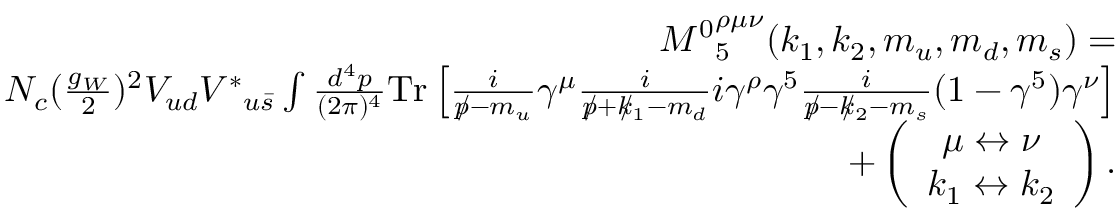
\begin{array} { r l r } & { } & { { M ^ { 0 } } _ { 5 } ^ { \rho \mu \nu } ( k _ { 1 } , k _ { 2 } , m _ { u } , m _ { d } , m _ { s } ) = } \\ & { } & { N _ { c } ( \frac { g _ { W } } { 2 } ) ^ { 2 } V _ { u d } { V ^ { \ast } } _ { u \bar { s } } \int \frac { d ^ { 4 } p } { ( 2 \pi ) ^ { 4 } } \mathrm { { T r } } \left[ \frac { i } { p \! \! \! / - m _ { u } } \gamma ^ { \mu } \frac { i } { p \! \! \! / + k \! \! \! / _ { 1 } - m _ { d } } i \gamma ^ { \rho } \gamma ^ { 5 } \frac { i } { p \! \! \! / - k \! \! \! / _ { 2 } - m _ { s } } ( 1 - \gamma ^ { 5 } ) \gamma ^ { \nu } \right] } \\ & { } & { + \left( \begin{array} { c } { \mu \leftrightarrow \nu } \\ { k _ { 1 } \leftrightarrow k _ { 2 } } \end{array} \right) . } \end{array}